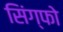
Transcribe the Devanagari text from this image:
सिंग्फो